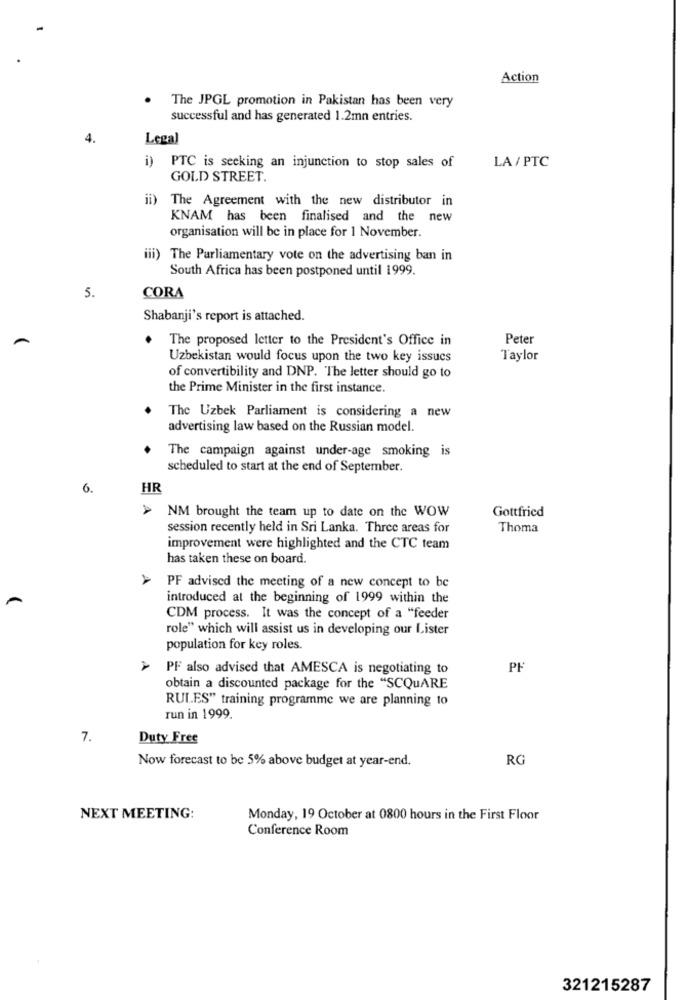
Action
The JPGL promotion in Pakistan has been very
successful and has generated 1.2mn entries.
4.
Legal
i) PTC is seeking an injunction to stop sales of
LA/PTC
GOLD STREET.
ii) The Agreement with the new distributor in
KNAM has been finalised and the new
organisation will be in place for 1 November.
iii) The Parliamentary vote on the advertising ban in
South Africa has been postponed until 1999.
5.
CORA
Shabanji's report is attached.
The proposed letter to the President's Office in
Peter
Uzbekistan would focus upon the two key issues
Taylor
of convertibility and DNP. The letter should go to
the Prime Minister in the first instance.
The Uzbek Parliament is considering a new
advertising law based on the Russian model.
The campaign against under-age smoking is
scheduled to start at the end of September.
6.
HR
Gottfried
NM brought the team up to date on the WOW
session recently held in Sri Lanka. Three areas for
Thoma
improvement were highlighted and the CTC team
has taken these on board.
PF advised the meeting of a new concept to be
introduced at the beginning of 1999 within the
CDM process. It was the concept of a "feeder
role" which will assist us in developing our Lister
population for key roles.
PF also advised that AMESCA is negotiating to
PF
obtain a discounted package for the "SCQuARE
RULES" training programme we are planning to
run in 1999.
7.
Duty Free
Now forecast to be 5% above budget at year-end.
NEXT MEETING:
Monday, 19 October at 0800 hours in the First Floor
Conference Room
321215287